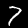
Digit: 7